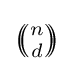
{\textstyle \left(\!\!{\binom {n}{d}}\!\!\right)}